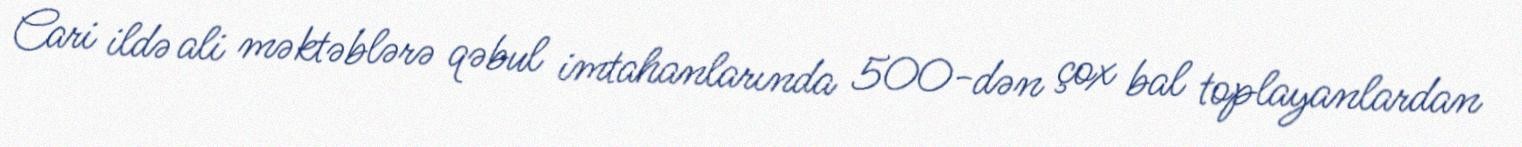
Cari ildə ali məktəblərə qəbul imtahanlarında 500-dən çox bal toplayanlardan